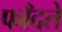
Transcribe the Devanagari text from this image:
फाँदते